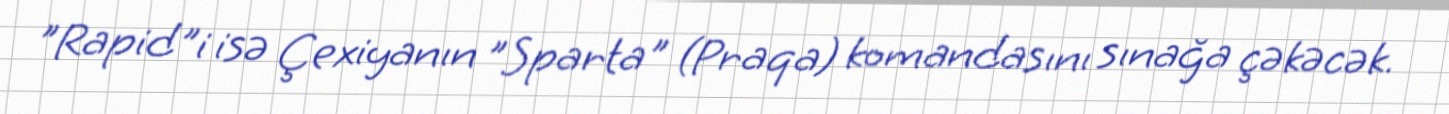
"Rapid"i isə Çexiyanın "Sparta" (Praqa) komandasını sınağa çəkəcək.